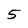
Character: 5